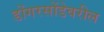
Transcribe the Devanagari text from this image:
डोंगरसोंडेवरील